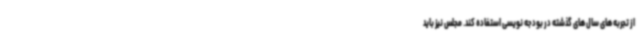
از تجربه های سال های گذشته در بودجه نویسی استفاده کند. مجلس نیز باید